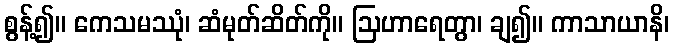
စွန့်၍။ ကေသမဿုံ၊ ဆံမုတ်ဆိတ်ကို။ ဩဟာရေတွာ၊ ချ၍။ ကာသာယာနိ၊